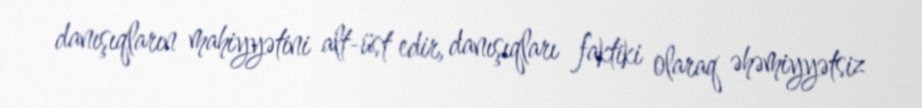
danışıqların mahiyyətini alt-üst edir, danışıqları faktiki olaraq əhəmiyyətsiz